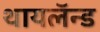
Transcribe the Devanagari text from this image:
थायलॅन्ड